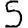
Digit: 5